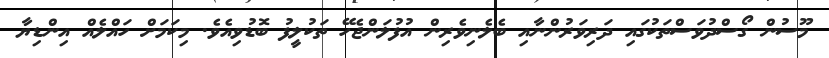
މޫސުން ގޯސްދުވަސްތަކުގައި ދަރިވަރުންނާއި ބެލެނިވެރިން އުފުލަންޖެހޭ ތަކުލީފު ބޮޑުވިއެވެ. މިކަމަށް ހައްލެއް އިންޑިޔާ